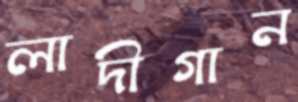
লাদীগান